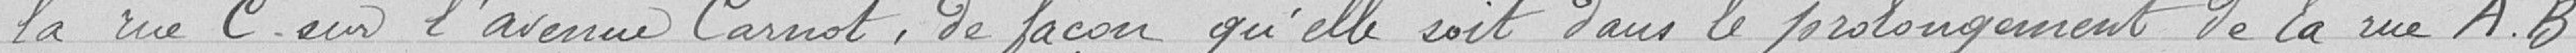
la rue C sur l'avenue Carnot, de façon qu'elle soit dans le prolongement de la rue A.B.